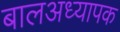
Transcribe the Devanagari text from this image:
बालअध्यापक